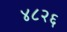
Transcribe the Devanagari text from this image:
४८२६